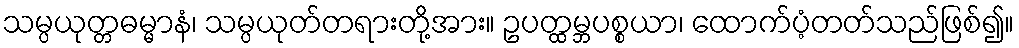
သမ္ပယုတ္တဓမ္မာနံ၊ သမ္ပယုတ်တရားတို့အား။ ဥပတ္ထမ္ဘပစ္စယာ၊ ထောက်ပံ့တတ်သည်ဖြစ်၍။